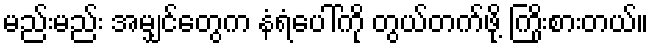
မည်းမည်း အမျှင်တွေက နံရံပေါ်ကို တွယ်တက်ဖို့ ကြိုးစားတယ်။